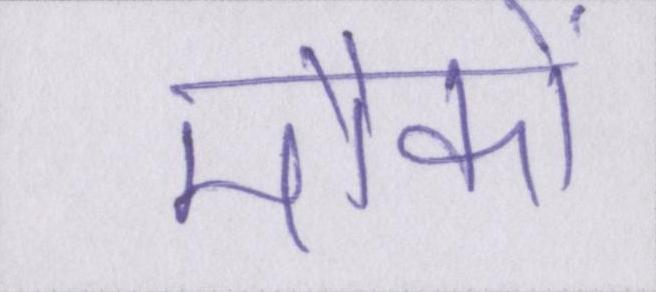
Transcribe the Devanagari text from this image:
मौकों